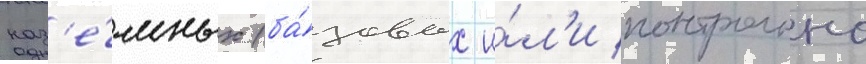
наз'е́мных (ба́зовых и́л'и контрольно